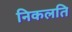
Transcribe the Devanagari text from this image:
निकलति